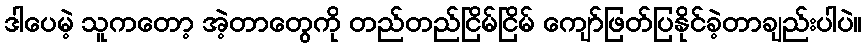
ဒါပေမဲ့ သူကတော့ အဲ့တာတွေကို တည်တည်ငြိမ်ငြိမ် ကျော်ဖြတ်ပြနိုင်ခဲ့တာချည်းပါပဲ။